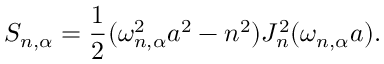
S _ { n , \alpha } = \frac { 1 } { 2 } ( \omega _ { n , \alpha } ^ { 2 } a ^ { 2 } - n ^ { 2 } ) J _ { n } ^ { 2 } ( \omega _ { n , \alpha } a ) .